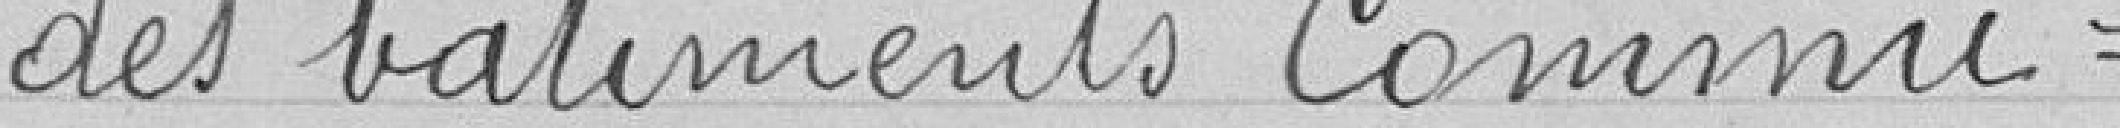
des bâtiments Commu=